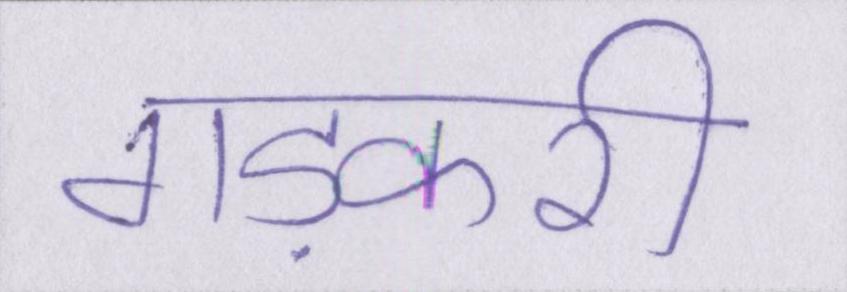
गड़करी